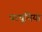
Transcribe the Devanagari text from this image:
परचूनिया